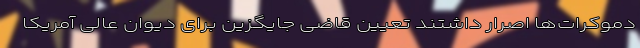
دموکرات‌ها اصرار داشتند تعیین قاضی جایگزین برای دیوان عالی آمریکا